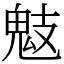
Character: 鬾